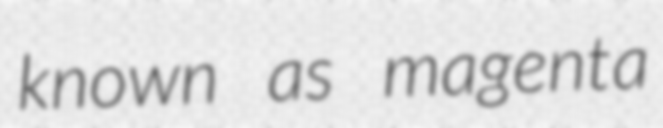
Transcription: known as magenta